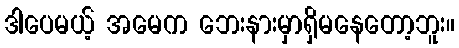
ဒါပေမယ့် အမေက ဘေးနားမှာရှိမနေတော့ဘူး။